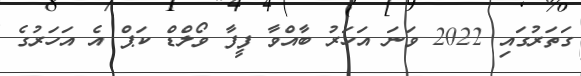
ގަތަރުގައި 2022 ވަނަ އަހަރު ބާއްވާ ފީފާ ވޯލްޑް ކަޕް އެ އަހަރުގެ